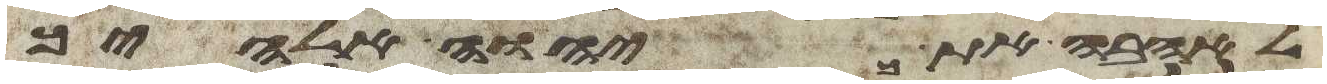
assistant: לאהבה את יהוה אלהיך